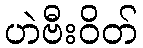
ဟဲဗီးဝိတ်